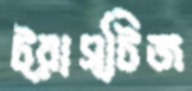
ট্রাস্টিজ